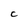
Character: c